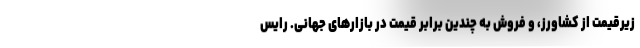
زیرقیمت از کشاورز، و فروش به چندین برابر قیمت در بازارهای جهانی. رایس